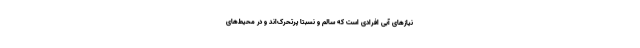
نیازهای آبی افرادی است که سالم و نسبتاً پرتحرک‌اند و در محیط‌های